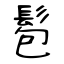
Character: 髱